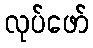
လုပ်ဖော်